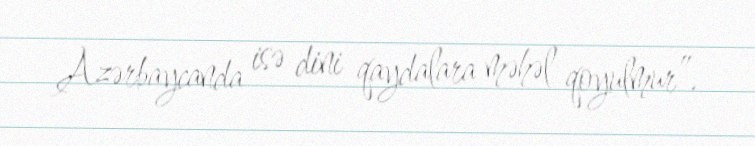
Azərbaycanda isə dini qaydalara məhəl qoyulmur”.